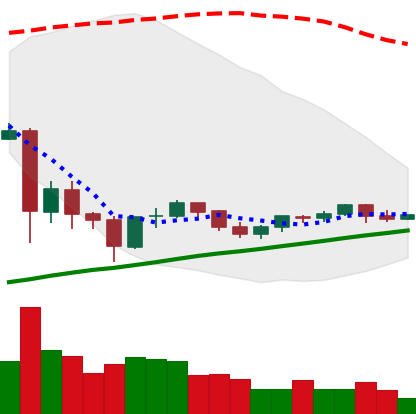
Ticker: TRX-USD
Chart end date: 2021-06-06
Forward return: -10.791%
Label: down_7plus